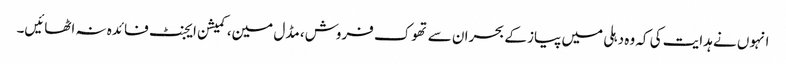
انہوں نے ہدایت کی کہ وہ دہلی میں پیاز کے بحران سے تھوک فروش، مڈل مین، کمیشن ایجنٹ فائدہ نہ اٹھائیں۔